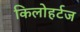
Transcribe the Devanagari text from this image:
किलोहर्टज